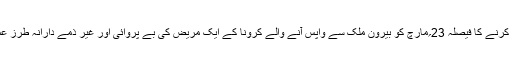
یو اے ای نے یہ بھاری جرمانے عاید کرنے کا فیصلہ 23؍مارچ کو بیرون ملک سے واپس آنے والے کرونا کے ایک مریض کی بے پروائی اور غیر ذمے دارانہ طرز عمل اختیار کرنے کے بعد عاید کیا ہے۔